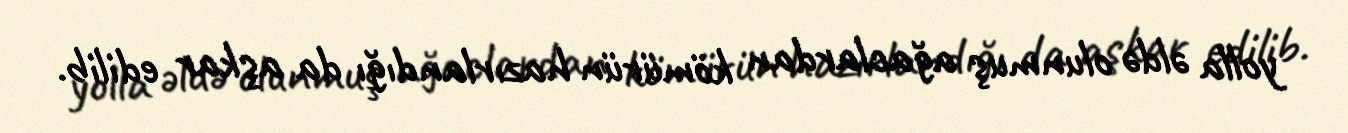
yolla əldə olunmuş ağaclardan kömürün hazırlandığı da aşkar edilib.